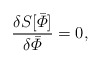
\begin{align*}{\delta S[\bar {\mit\Phi}] \over \delta \bar {\mit\Phi}} = 0,\end{align*}